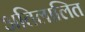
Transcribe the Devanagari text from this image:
अतिलालित